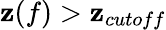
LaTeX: \mathbf{z}(f)>\mathbf{z}_{cutoff}